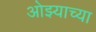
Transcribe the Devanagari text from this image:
ओझ्याच्या